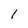
Character: l